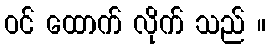
ဝင် ထောက် လိုက် သည် ။